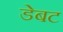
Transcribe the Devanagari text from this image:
डेबट